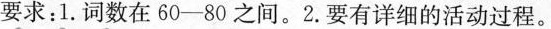
要求：1.词数在60-80之间。2. 要有详细的活动过程。